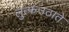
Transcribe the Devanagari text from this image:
लुत्फउठाते